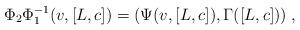
LaTeX: \begin{align*} \Phi_2\Phi_1^{-1}(v,[L,c])=(\Psi(v,[L,c]),\Gamma([L,c]))\;, \end{align*}